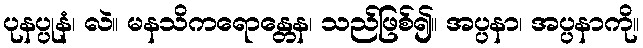
ပုနပ္ပုနံ၊ လဲ။ မနသိကရောန္တေန၊ သည်ဖြစ်၍။ အပ္ပနာ၊ အပ္ပနာကို။